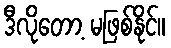
ဒီလိုတော့ မဖြစ်နိုင်။